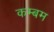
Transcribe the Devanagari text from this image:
कम्बम